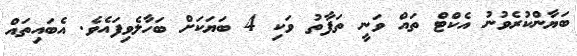
ބަޔާންކުރެވުނު އެކްޓް ތައް ވަނީ ތަފާތު ވަކި 4 ބަޔަކަށް ބަހާލެވިފައެވެ. އެބައިތައް